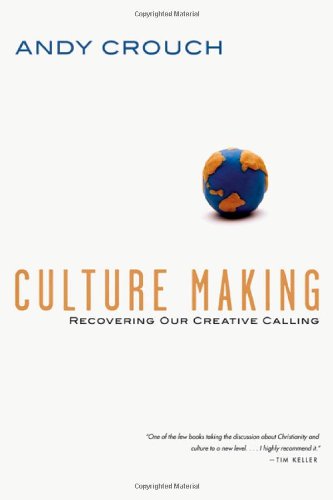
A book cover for Culture Making: Recovering Our Creative Calling; Andy Crouch; Self-Help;